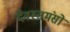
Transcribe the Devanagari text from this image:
देवस्तमंसो